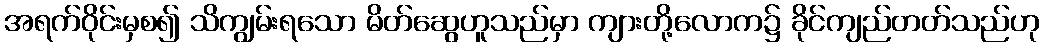
အရက်ဝိုင်းမှစ၍ သိကျွမ်းရသော မိတ်ဆွေဟူသည်မှာ ကျားတို့လောက၌ ခိုင်ကျည်တတ်သည်ဟု